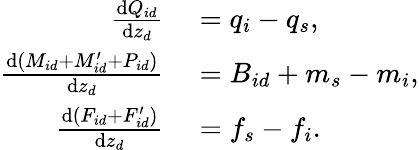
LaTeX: \begin{array}{rl}{\frac{\textnormal{d}Q_{id}}{\textnormal{d}z_{d}}}&{{}=q_{i}-q_{s},}\\ {\frac{\textnormal{d}(M_{id}+M_{id}^{\prime}+P_{id})}{\textnormal{d}z_{d}}}&{{}=B_{id}+m_{s}-m_{i},}\\ {\frac{\textnormal{d}(F_{id}+F_{id}^{\prime})}{\textnormal{d}z_{d}}}&{{}=f_{s}-f_{i}.}\end{array}